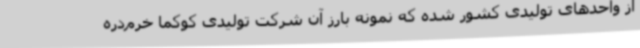
از واحدهای تولیدی کشور شده که نمونه بارز آن شرکت تولیدی کوکما خرم‌دره